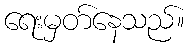
ရေးမှတ်နေသည်။